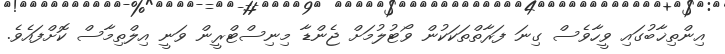
އިންތިޚާބުގައި ވީހާވެސް ގިނަ ފަރާތްތަކަކުން ވޯޓުލުމަށް ޖެންޑާ މިނިސްޓްރީން ވަނީ އިލްތިމާސް ކޮށްފައެވެ.